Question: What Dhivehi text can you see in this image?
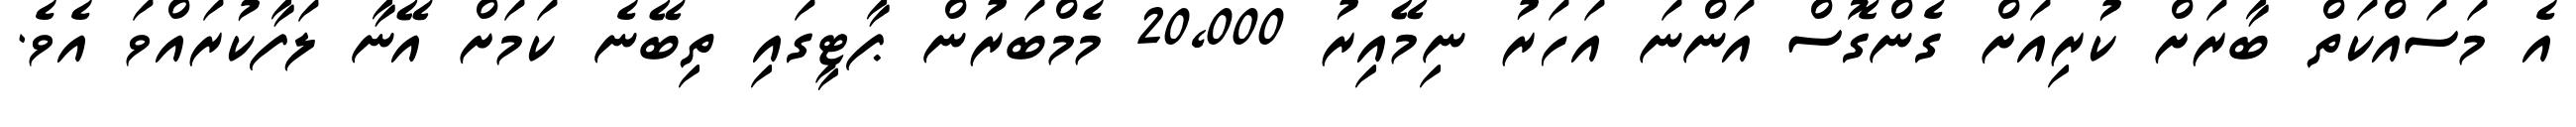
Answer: އެ މަސައްކަތް ބާރަށް ކުރިއަށް ގެންގޮސް އަންނަ އަހަރު ނިމޭއިރު 20,000 މެމްބަރުން ޕާޓީގައި ތިބޭނެ ކަމަށް އޭނާ ލަފާކުރައްވަ އެވެ.